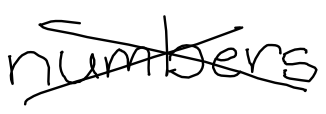
Text: numbers
Cross-out: cross
Writing tool: digital_black